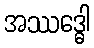
အဿဒ္ဓေါ